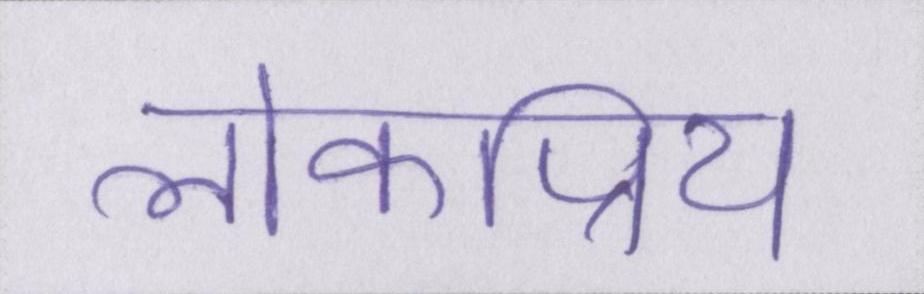
लोकप्रिय